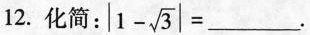
12.化简：$$|1- \sqrt{3}|=___$$.